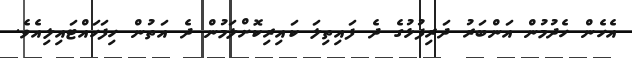
އެހެން ހެދުމުން އަންބަރު ދަރިފުޅުގެ ދެ ފައިތިލަ ކައިރިކޮށްލަމުން ދެ އަތުން ހިފަހައްޓައިލިއެވެ.